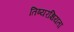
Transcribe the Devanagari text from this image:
तिष्यरक्षियता